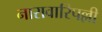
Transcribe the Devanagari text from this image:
नारावारिपल्ली